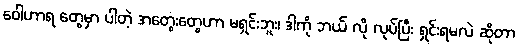
ဝေါဟာရ တွေမှာ ပါတဲ့ အတွေးတွေဟာ မရှင်းဘူး၊ ဒါကို ဘယ် လို လုပ်ပြီး ရှင်းရမလဲ ဆိုတာ